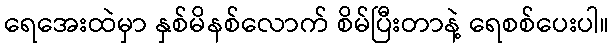
ရေအေးထဲမှာ နှစ်မိနစ်လောက် စိမ်ပြီးတာနဲ့ ရေစစ်ပေးပါ။